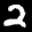
Label: 2